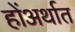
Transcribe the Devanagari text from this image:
होंअर्थात